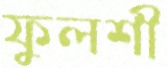
ফুলশী